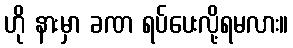
ဟို နားမှာ ခဏ ရပ်ပေးလို့ရမလား။